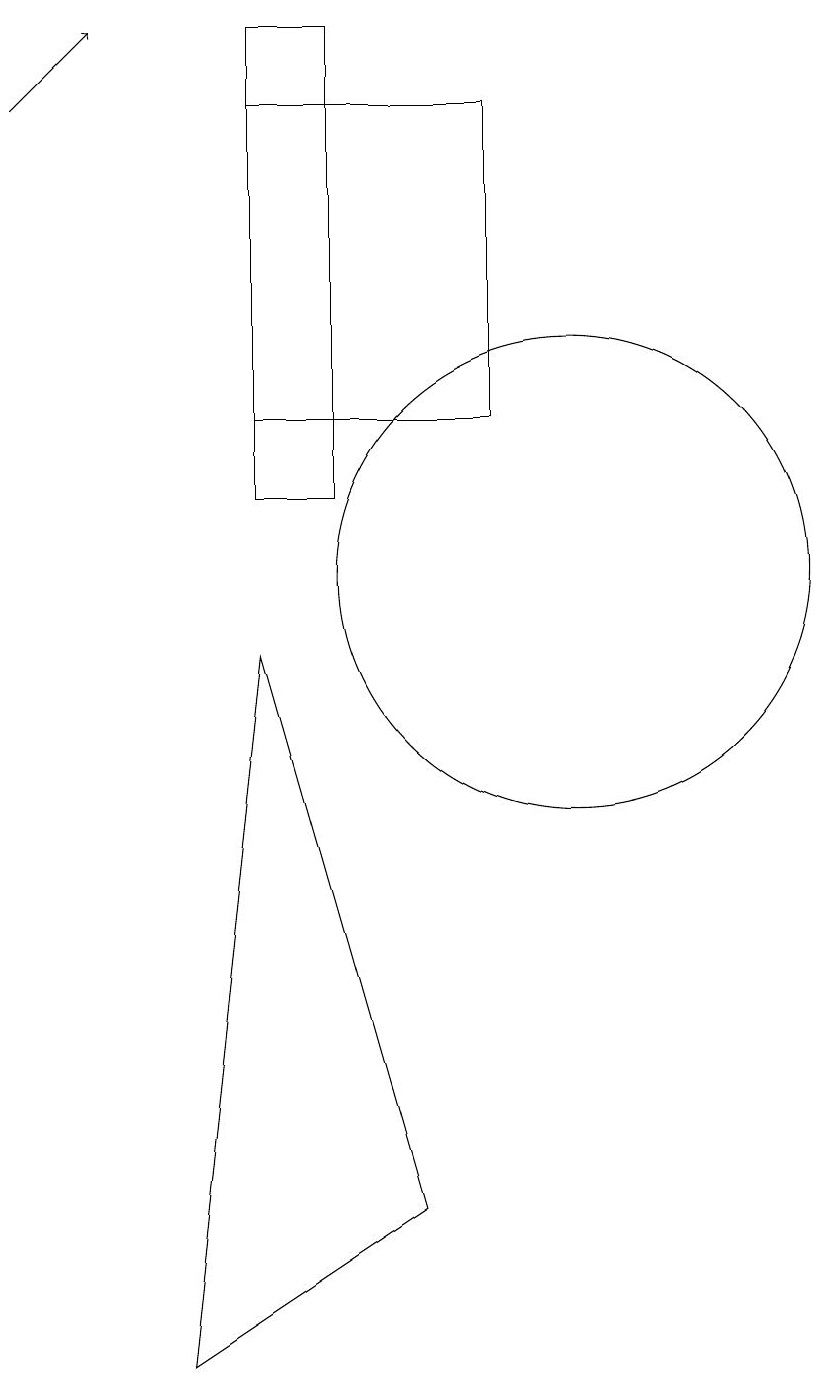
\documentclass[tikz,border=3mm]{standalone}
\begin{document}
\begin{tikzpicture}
\draw (6,9) -- (8,2) -- (5,0) -- cycle;
\draw (6,12) rectangle (9,16);
\draw[->] (3,16) -- (4,17);
\draw (7,17) rectangle (6,11);
\draw (10,10) circle (3);
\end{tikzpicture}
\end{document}